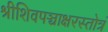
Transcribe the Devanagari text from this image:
श्रीशिवपञ्चाक्षरस्तोत्रं